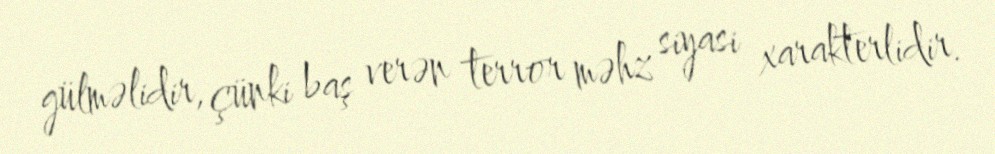
gülməlidir, çünki baş verən terror məhz siyasi xarakterlidir.